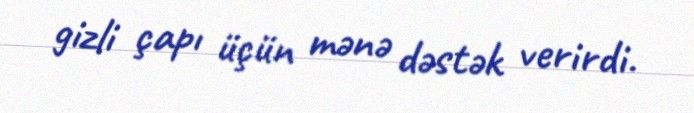
gizli çapı üçün mənə dəstək verirdi.